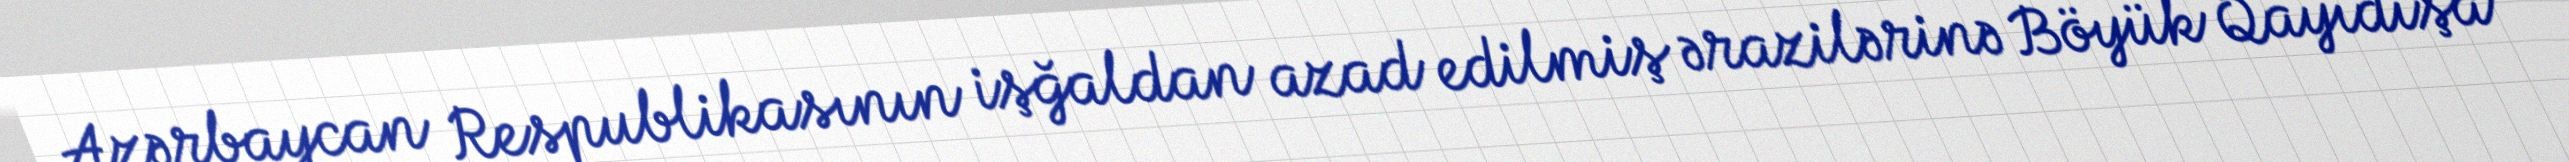
Azərbaycan Respublikasının işğaldan azad edilmiş ərazilərinə Böyük Qayıdışa